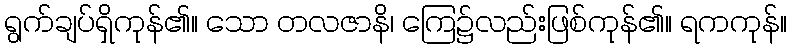
ရွက်ချပ်ရှိကုန်၏။ သော တလဇာနိ၊ ကြေ၌လည်းဖြစ်ကုန်၏။ ရကကုန်။